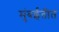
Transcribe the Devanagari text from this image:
मुंबईतीत